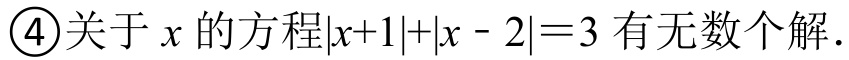
\textcircled{4}关于 \(x\) 的方程\(\vert x + 1\vert+\vert x - 2\vert=3\) 有无数个解.